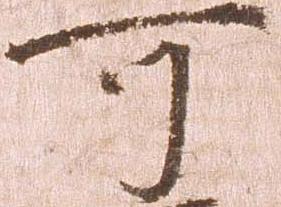
可